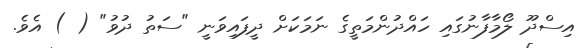
އިސްދޫ ލޯމާފާނުގައި ހައްދުންމަތީގެ ނަމަކަށް ދީފައިވަނީ "ސަތު ދުވު" ( ) އެވެ.